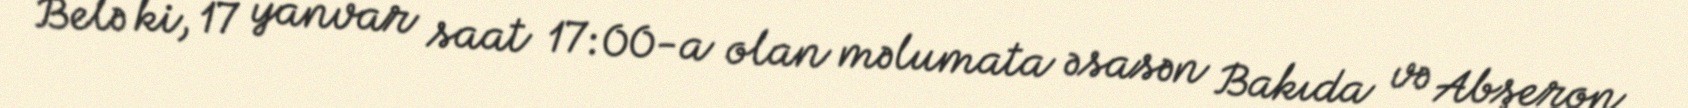
Belə ki, 17 yanvar saat 17:00-a olan məlumata əsasən Bakıda və Abşeron